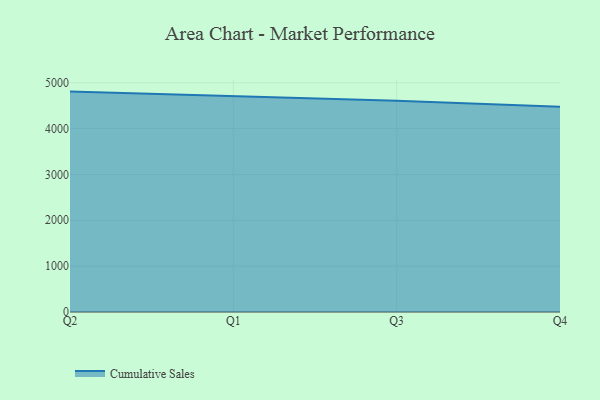
{"axis": {"x": "Quarter", "y": "Operating Costs (USD K)"}, "legend": ["Cumulative Sales"], "data": [{"x": "Q2", "y": 4806.7, "type": "Cumulative Sales"}, {"x": "Q1", "y": 4713.2, "type": "Cumulative Sales"}, {"x": "Q3", "y": 4604.9, "type": "Cumulative Sales"}, {"x": "Q4", "y": 4478.1, "type": "Cumulative Sales"}]}